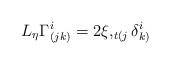
LaTeX: \begin{align*}L_{\eta}\Gamma_{(jk)}^{i}=2\xi,_{t(j}\delta_{k)}^{i} \end{align*}